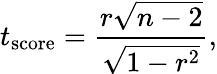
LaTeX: t_{\mathrm{score}}={\frac{r{\sqrt{n-2}}}{\sqrt{1-r^{2}}}},